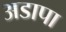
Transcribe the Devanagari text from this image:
अडापा